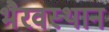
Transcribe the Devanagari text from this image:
भैरवस्थान